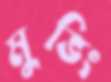
মুভিং